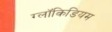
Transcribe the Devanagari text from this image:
ग्लॉकिडियम